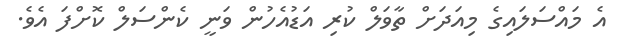
އެ މައްސަލައިގެ މިއަދަށް ތާވަލް ކުރި އަޑުއެހުން ވަނީ ކެންސަލް ކޮށްފަ އެވެ.